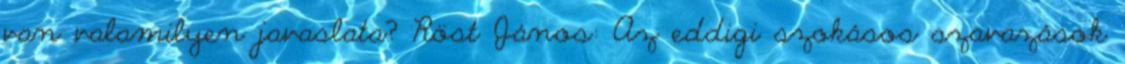
van valamilyen javaslata? Röst János: Az eddigi szokásos szavazások